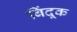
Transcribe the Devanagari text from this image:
बिंदूक